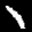
Label: 1